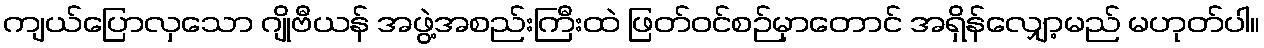
ကျယ်ပြောလှသော ဂျိုဗီယန် အဖွဲ့အစည်းကြီးထဲ ဖြတ်ဝင်စဉ်မှာတောင် အရှိန်လျှော့မည် မဟုတ်ပါ။